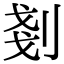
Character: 剗